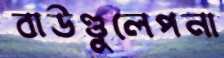
বাউণ্ডুলেপনা